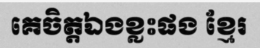
គេចិត្តឯងខ្លះផង ខ្មែរ